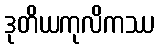
ဒုတိယကုလိကဿ